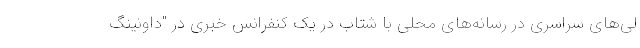
لی‌های سراسری در رسانه‌های محلی با شتاب در یک کنفرانس خبری در "داونینگ